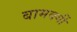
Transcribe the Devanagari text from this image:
बामवर्गी